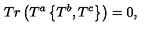
T r \left( T ^ { a } \left\{ T ^ { b } , T ^ { c } \right\} \right) = 0 ,